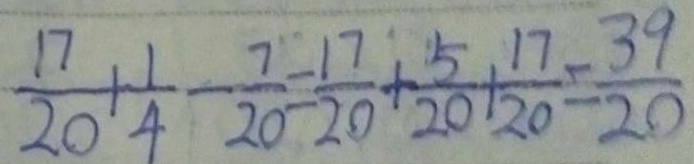
\frac { 1 7 } { 2 0 } + \frac { 1 } { 4 } - \frac { 7 } { 2 0 } = \frac { 1 7 } { 2 0 } + \frac { 5 } { 2 0 } + \frac { 1 7 } { 2 0 } = \frac { 3 9 } { 2 0 }